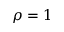
\rho = 1